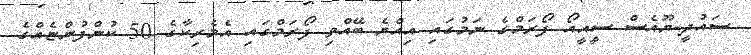
ސައުދީ-ޔޫއެސް ސީއީއޯ ފޯރަމްގެ ނަމުގައި އިއްޔެ ބޭއްވި ފޯރަމްގައި އެމެރިކާގެ 50 ކުންފުންޏެއްގެ